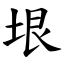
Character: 垠